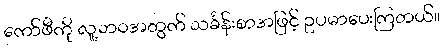
ကော်ဖီကို လူ့ဘဝအတွက် သင်္ခန်းစာအဖြင့် ဥပမာပေးကြတယ်။